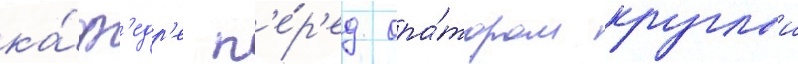
ка́ф'едр'е п'е́р'ед ора́тором круглыи